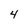
Character: 4